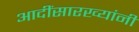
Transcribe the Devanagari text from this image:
आदींसारख्यांनी